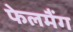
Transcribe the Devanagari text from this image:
फेलमैंग